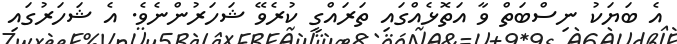
އެ ބަޔަކު ނިސްބަތް ވާ އަތޮޅެއްގައި ތަރައްގީ ކުރެވޭ ޝަހަރުންނެވެ. އެ ޝަހަރުގައި